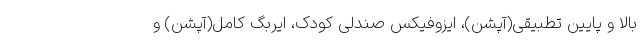
بالا و پایین تطبیقی(آپشن)، ایزوفیکس صندلی کودک، ایربگ کامل(آپشن) و